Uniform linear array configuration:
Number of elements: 16
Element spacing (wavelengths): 0.5
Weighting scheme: hann
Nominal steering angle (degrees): -45
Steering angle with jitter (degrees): -43.915
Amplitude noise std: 0.05
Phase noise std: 0.05

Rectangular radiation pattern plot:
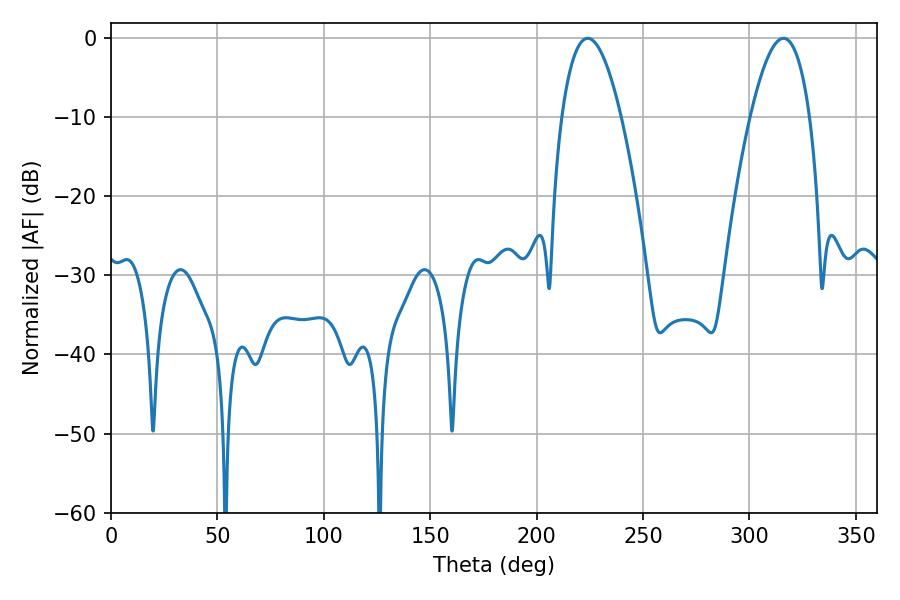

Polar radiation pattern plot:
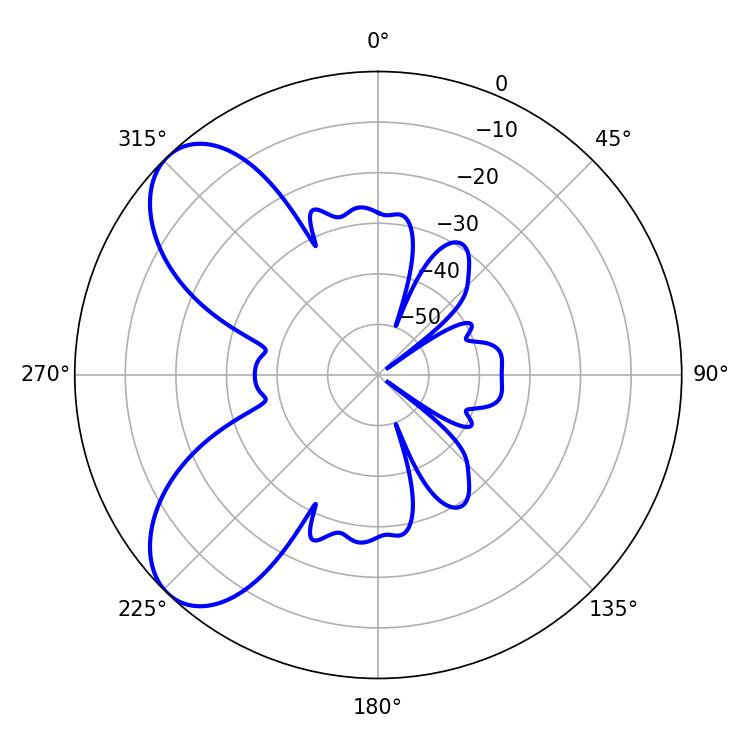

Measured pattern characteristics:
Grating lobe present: FALSE
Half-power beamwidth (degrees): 15.3
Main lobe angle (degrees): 223.92